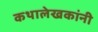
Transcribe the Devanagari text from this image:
कथालेखकांनी